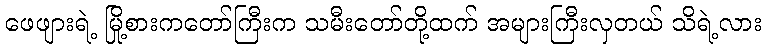
ဖေဖျားရဲ့ မြို့စားကတော်ကြီးက သမီးတော်တို့ထက် အများကြီးလှတယ် သိရဲ့လား